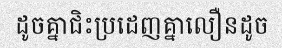
ដូចគ្នាជិះប្រដេញគ្នាលឿនដូច